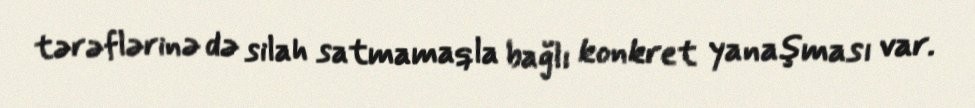
tərəflərinə də silah satmamaqla bağlı konkret yanaşması var.